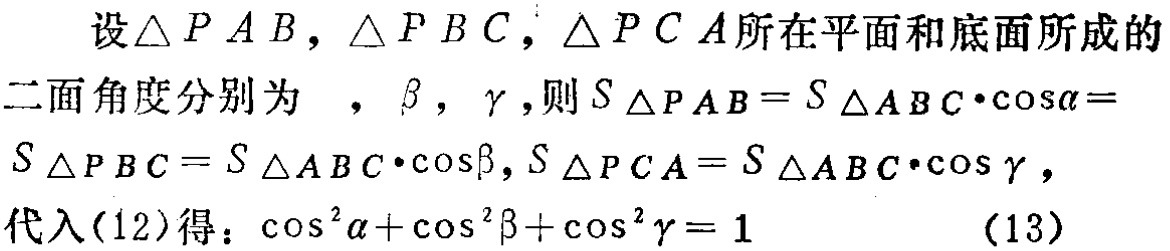
设\(\triangle PAB\)，\(\triangle PBC\)，\(\triangle PCA\)所在平面和底面所成的
二面角度分别为\(\alpha\)，\(\beta\)，\(\gamma\)，则\(S_{\triangle PAB}=S_{\triangle ABC}\cdot\cos\alpha =\)
\(S_{\triangle PBC}=S_{\triangle ABC}\cdot\cos\beta\)，\(S_{\triangle PCA}=S_{\triangle ABC}\cdot\cos\gamma\)，
代入\((12)\)得：\(\cos^{2}\alpha+\cos^{2}\beta+\cos^{2}\gamma = 1\)  \((13)\)